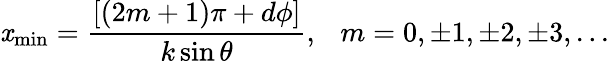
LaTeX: \mathit{x}_{\mathrm{{min}}}=\frac{{[(2m+1)\pi+d\phi]}}{{k\sin\theta}},~~~m=0,\pm1,\pm2,\pm3,...